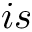
i s